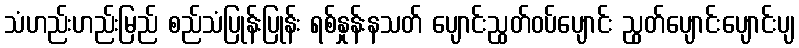
သံဟည်းဟည်းမြည် စည်သံပြုန်းပြုန်း ရစ်နှုန်းနသတ် ပျောင်းညွတ်ဝပ်ပျောင်း ညွတ်ပျောင်းပျောင်းပျ